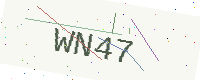
Text: WN47